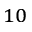
_ { 1 0 }